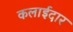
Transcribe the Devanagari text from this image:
कलाईदार